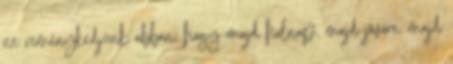
ne reménykedjünk abban, hogy majd holnap, majd jövőre, majd